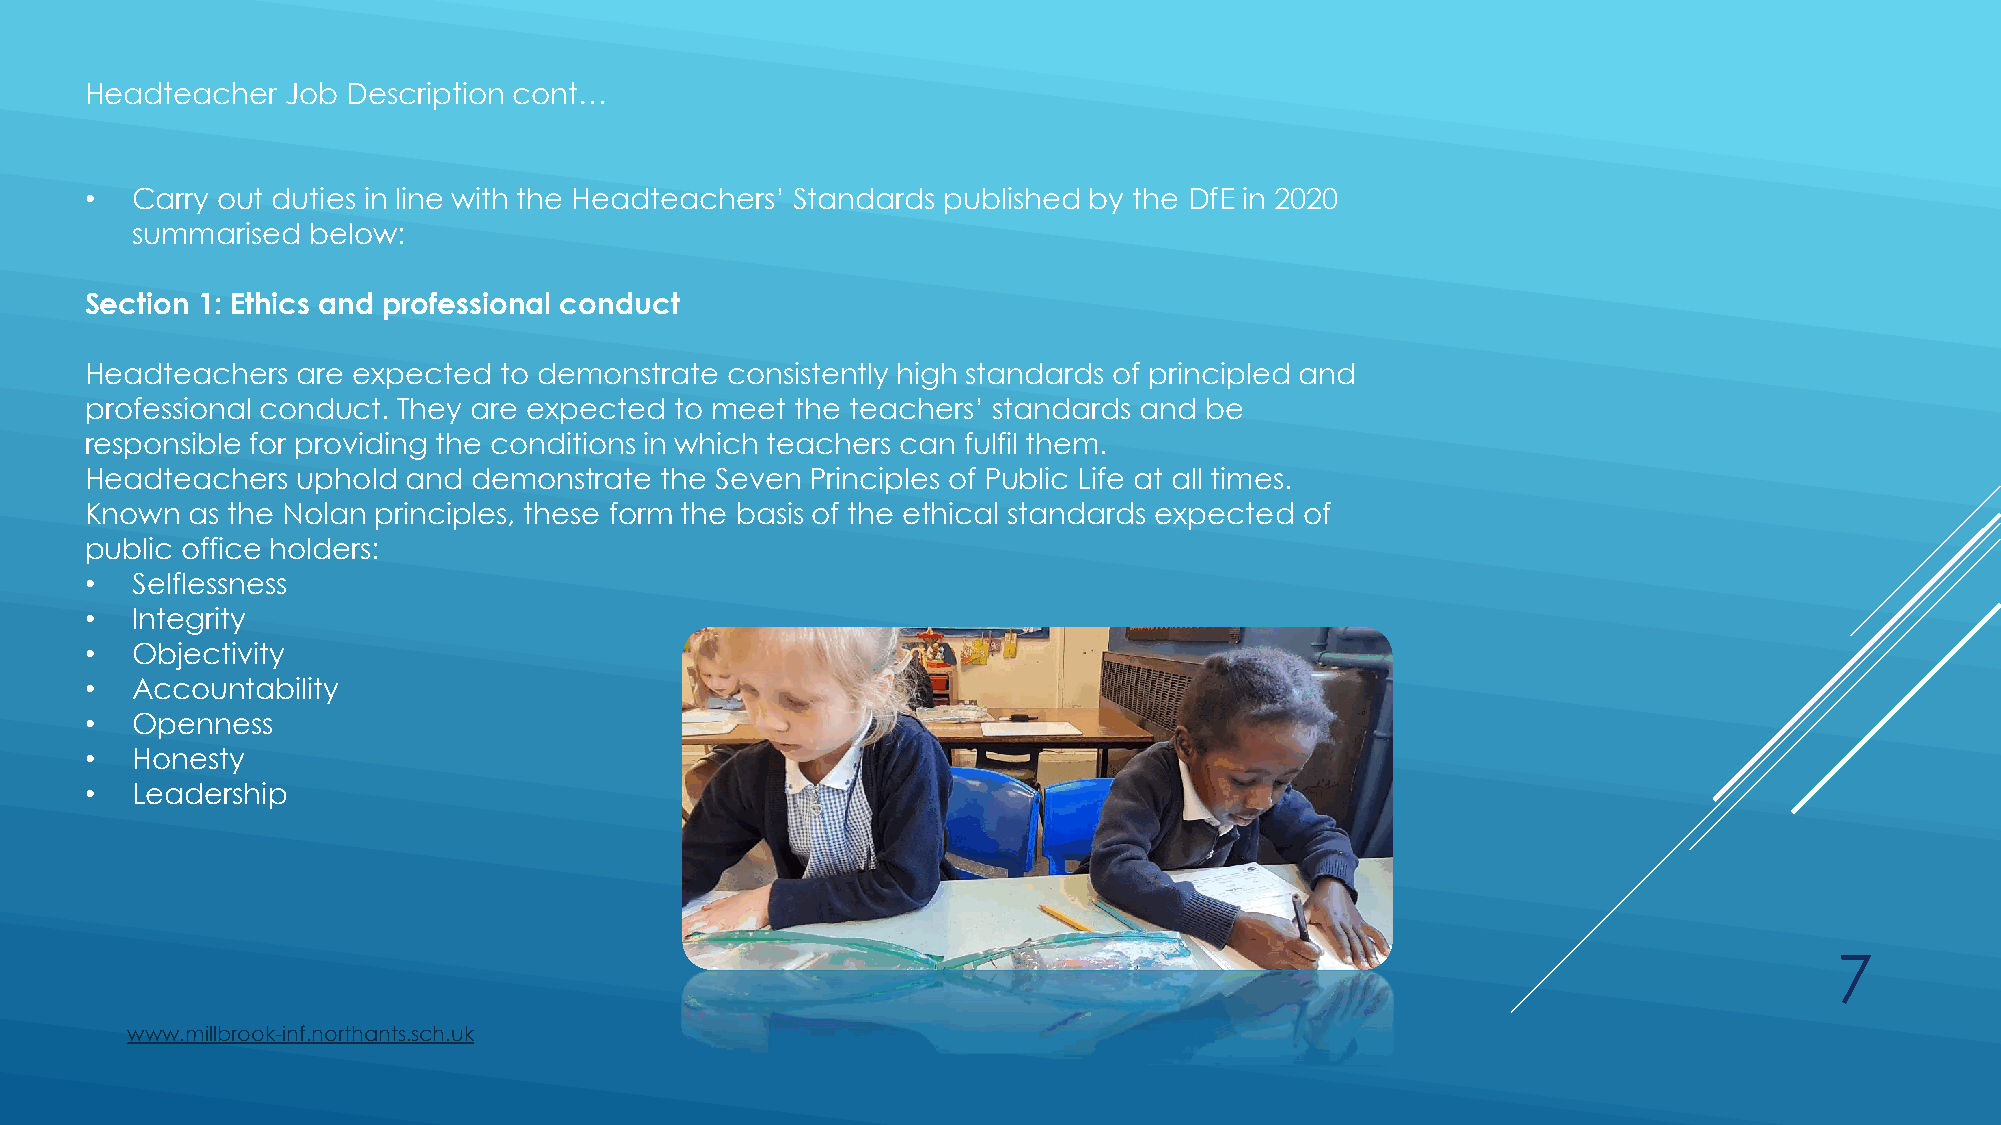
Headteacher  Job Description cont…
 •  Carry out duties in line with the Headteachers’ Standards published by the DfE in 2020
 summarised below:
 Section 1: Ethics and professional conduct
 Headteachers  are expected to demonstrate consistently high standards of principled and
 professional conduct. They are expected to meet the teachers’ standards and be
 responsible for providing the conditions in which teachers can fulfil them.
 Headteachers  uphold and demonstrate  the Seven Principles of Public Life at all times.
 Known  as the Nolan principles, these form the basis of the ethical standards expected of
 public office holders:
 •  Selflessness
 •  Integrity
 •  Objectivity
 •  Accountability
 •  Openness
 •  Honesty
 •  Leadership
 7
 www.millbrook-inf.northants.sch.uk